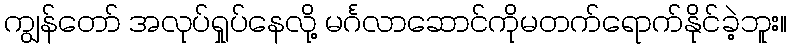
ကျွန်တော် အလုပ်ရှုပ်နေလို့ မင်္ဂလာဆောင်ကိုမတက်ရောက်နိုင်ခဲ့ဘူး။